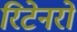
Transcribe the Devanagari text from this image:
रिटेनरों